Civil Veterinary Dept. North-West Frontier Province 1933-46 - 1933-1946
Year: 1933
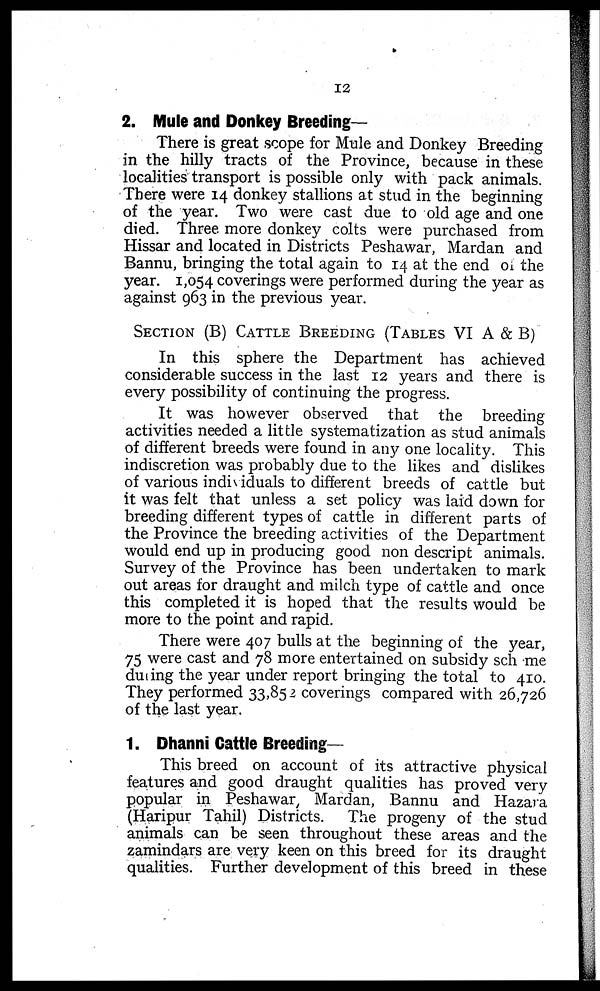
12
2. Mule and Donkey Breeding-
There is great scope for Mule and Donkey Breeding
in the hilly tracts of the Province, because in these
localities transport is possible only with pack animals.
There were 14 donkey stallions at stud in the beginning
of the year. Two were cast due to old age and one
died. Three more donkey colts were purchased from
Hissar and located in Districts Peshawar, Mardan and
Bannu, bringing the total again to 14 at the end of the
year. 1,054 coverings were performed during the year as
against 963 in the previous year.
SECTION(B) CATTLE BREEDING (TABLES VI A & B)
In this sphere the Department has achieved
considerable success in the last 12 years and there is
every possibility of continuing the progress.
It was however observed that the breeding
activities needed a little systematization as stud animals
of different breeds were found in any one locality. This
indiscretion was probably due to the likes and dislikes
of various individuals to different breeds of cattle but
it was felt that unless a set policy was laid down for
breeding different types of cattle in different parts of
the Province the breeding activities of the Department
would end up in producing good non descript animals.
Survey of the Province has been undertaken to mark
out areas for draught and milch type of cattle and once
this completed it is hoped that the results would be
more to the point and rapid.
There were 407 bulls at the beginning of the year,
75 were cast and 78 more entertained on subsidy scheme
during the year under report bringing the total to 410.
They performed 33,85 2 coverings compared with 26,726
of the last year.
1. Dhanni Cattle Breeding—
This breed on account of its attractive physical
features and good draught qualities has proved very
popular in Peshawar, Mardan, Bannu and Hazara
(Haripur Tahil) Districts. The progeny of the stud
animals can be seen throughout these areas and the
zamindars are very keen on this breed for its draught
qualities. Further development of this breed in these